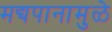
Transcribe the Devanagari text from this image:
मद्यपानामुळे